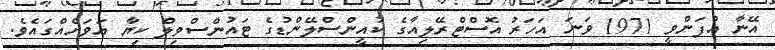
އޭނާ އުފަންވީ 1971 ވަނަ އަހަރު އޮސްޓްރޭލިއާގެ ކުއީންސްލޭންޑުގެ ޓައުންސްވިލް ކިޔާ އަވަށެއްގައެވެ.